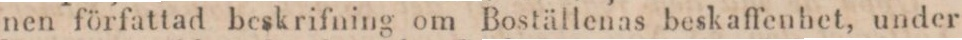
nen författad beskrifning om Boställenas beskaffenhet, under